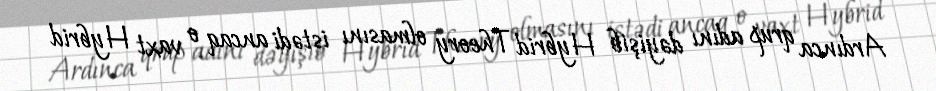
Ardınca qrup adını dəyişib Hybrid Theory olmasını istədi ancaq o vaxt Hybrid